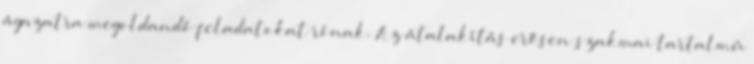
ágazatra megoldandó feladatokat rónak. Az átalakítás erősen szakmai tartalmú